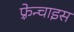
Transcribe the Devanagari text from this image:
फ़्रेन्चाइस